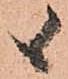
候